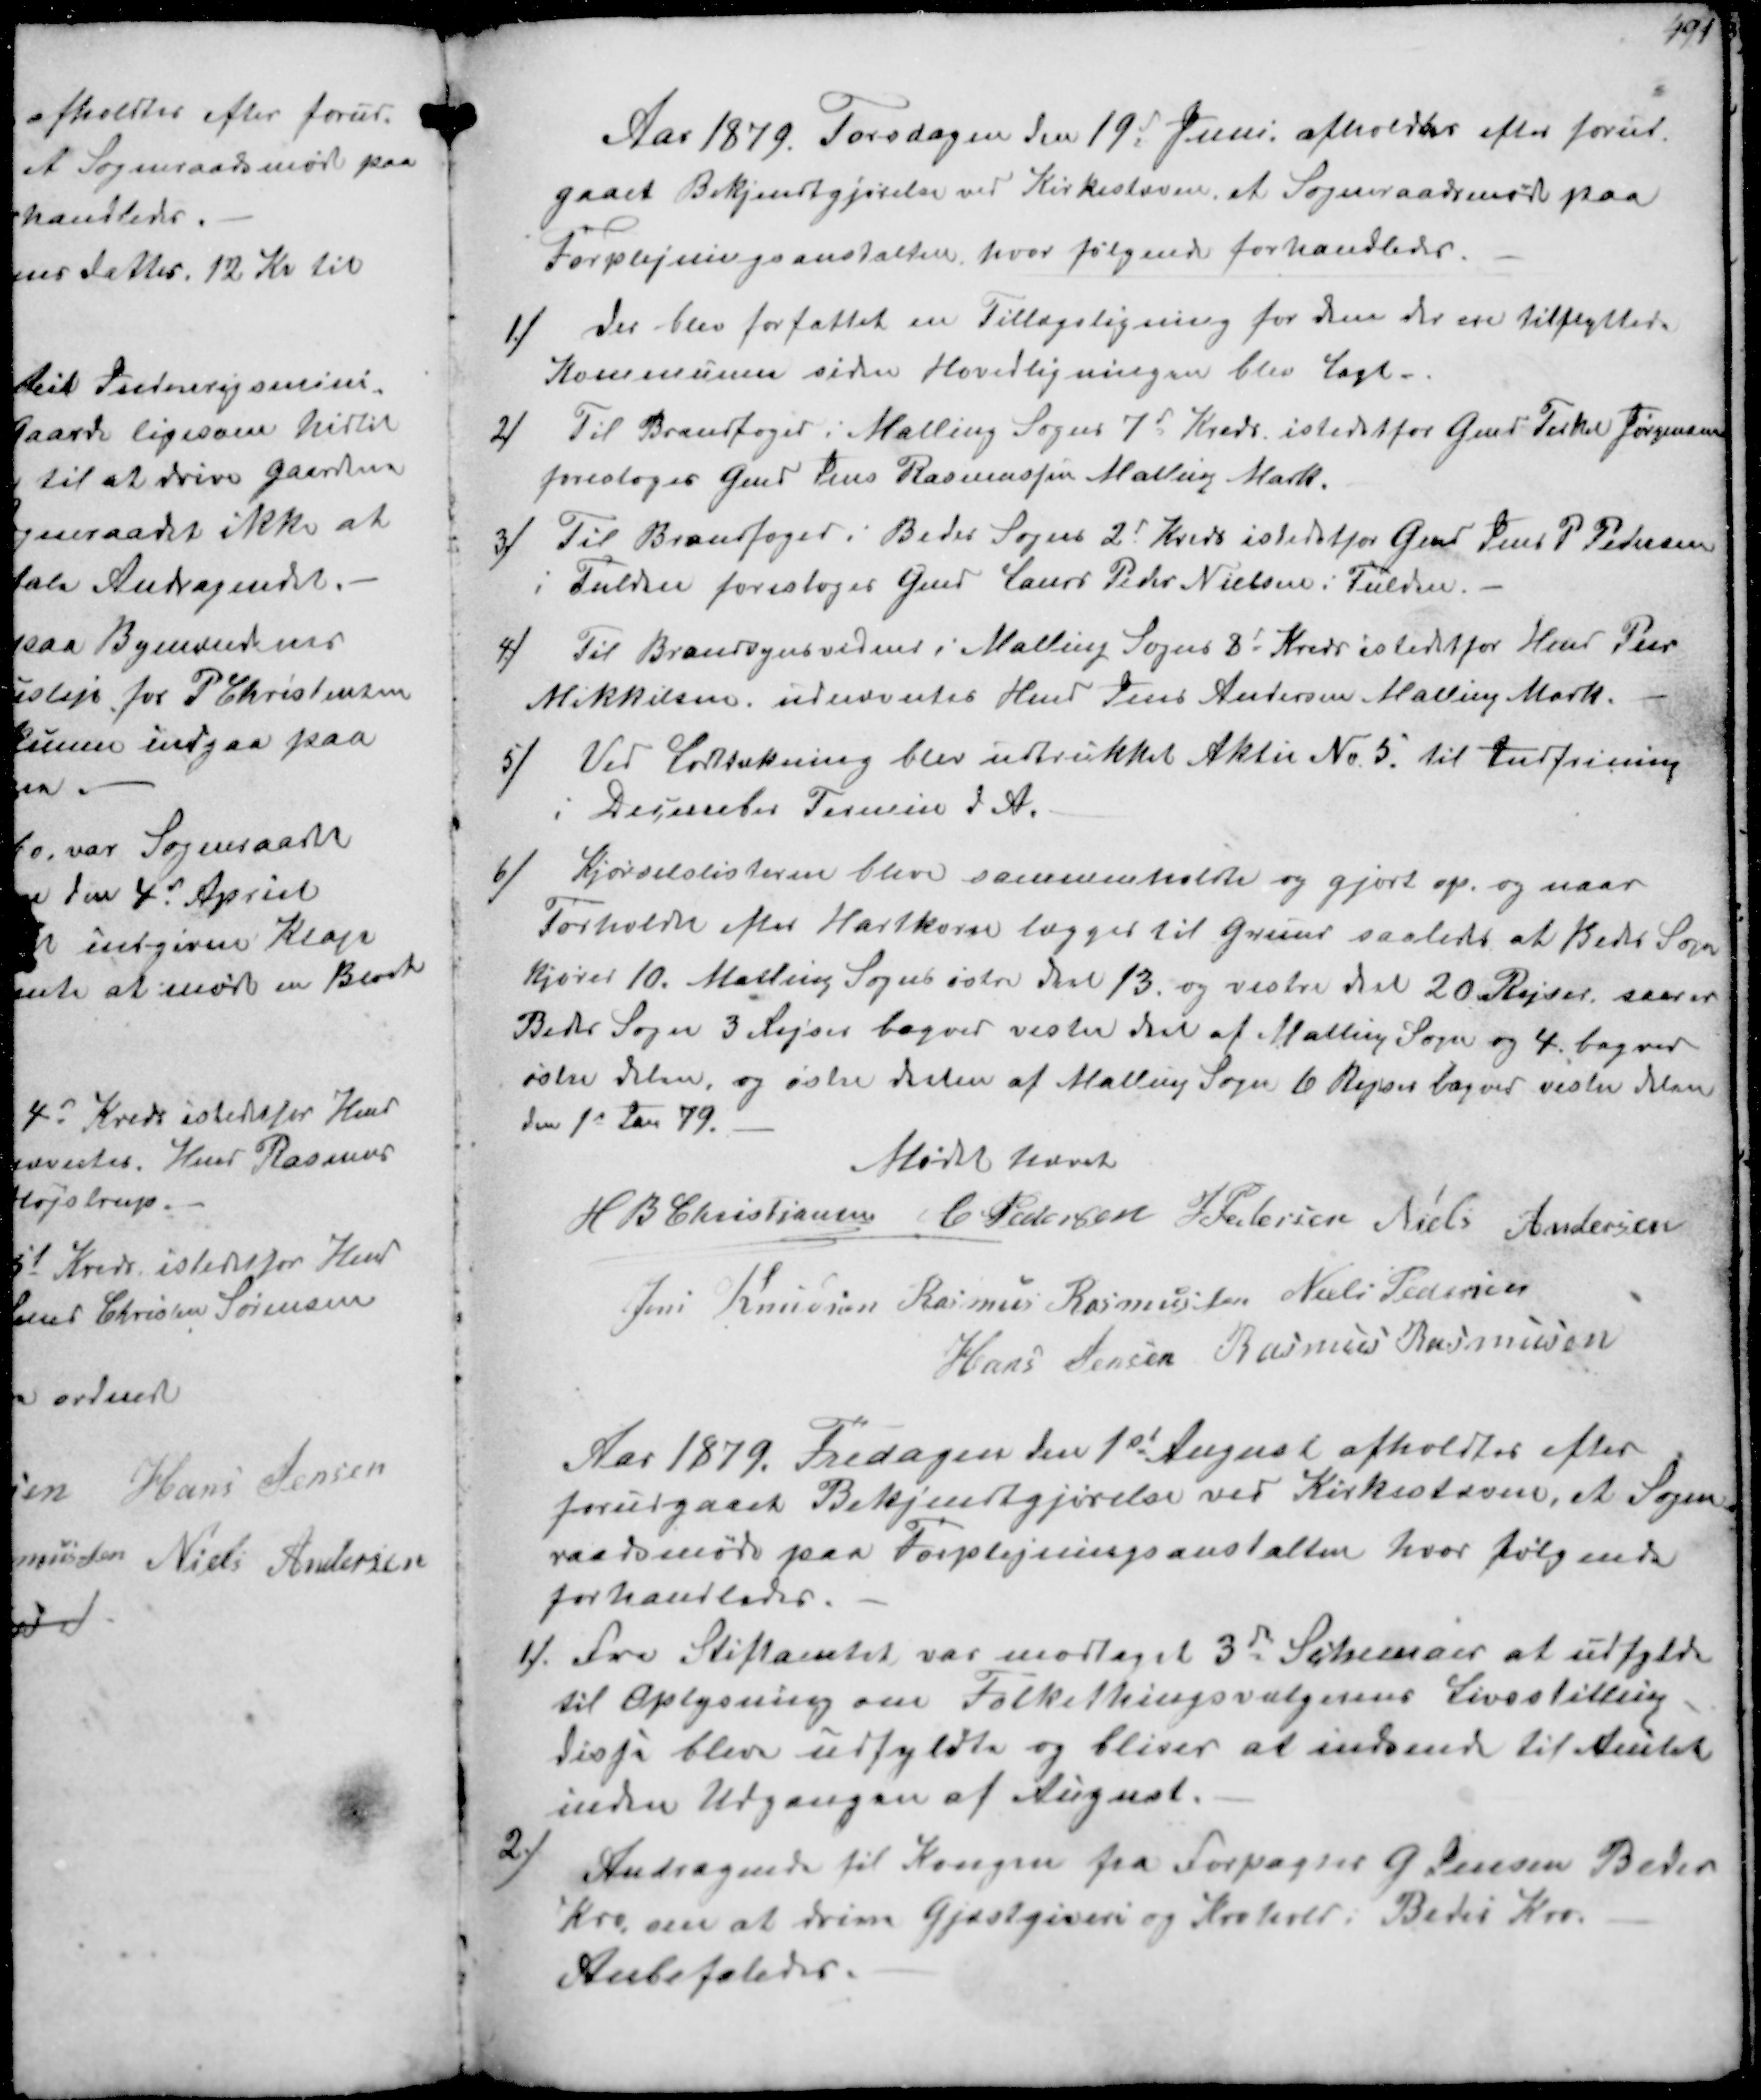
Transskription:
Aar 1879. Torsdagen den 19d Juni afholdtes efter forud-
gaaet Bekjendtgjørelse ved Kirkestævne, at Sogneraadsmøde paa
Forplejningsanstalten hvor følgende forhandledes.
1/
der blev forfattet en Tillægsligning for dem der er tilflyttet.
Kommunen siden Hovedligningen blev Lagt
2/
Til Brandfoged i Malling Sogns 7d Kreds istedetfor Gmd Terkel Jørgensen
foresloges Gmd Jens Rasmussen Malling Mark.
3/
Til Brandfoged i Beder Sogns 2d Kreds istedetfor Gmd Jens P Pedersen
i Fulden foresloges Gmd Laurs Peder Nielsen i Fulden
4/
Til Brandsynsvidne i Malling Sogns 3d Kreds istedet for Hmd Peer
Mikkelsen, udnævntes Hmd Jens Andersen Malling Mark.
5/
Ved Lodtækning blev udtrukket Aktie No 5 til Indfrining
i December Termin d A.

6/
Kjørselslisterne blev sammenholdte og gjort op og naar
Forhold efter Hartkorn lægges til Grund saaledes at Beder Sogn
kjører 10. Malling Sogns østre Del 13 og vestre Del 20 Rejser, saa er
Beder Sogn 3 Rejser bagved vester Del af Malling Sogn og 4 bagved
østre delen, og østre Delen af Malling Sogn 6 Rejser bagved vester Del
den 1s Jan 79.
Mødet hævet
H B Christjansen
C Pedersen
J Pedersen
Niels Andersen
Jens Knudsen
Rasmus Rasmussen
Niels Pedersen
Hans Jensen
Rasmus Rasmussen

Aar 1879. Fredagen den 1st August afholdtes efter
forudgaaet Bekjendtgjørelse ved Kirkestævne, et Sogne-
raadsmøde paa Foplejningsanstalten hvor følgende
forhandledes.
1/
Fra Stiftamtet var modtaget 3d Schemaer at udfylde
til Oplysning om Folkethingsvælgernes Livsstilling
disse blev udfyldte og bliver at indsende til Amtet
inden Udgangen af August.
2/
Andragende til Kongen fra Forpagter G Jensen Beder
Kro om at drive Gjæstgiveri og Krohold i Beder Kro
Anbefaledes